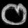
Digit: ၀